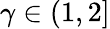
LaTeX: \gamma\in\left(1,2\right]